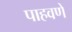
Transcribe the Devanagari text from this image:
पाहवणें